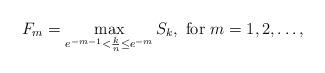
LaTeX: \begin{align*} F_m = \max_{e^{-m-1} < \frac{k}{n} \le e^{-m}} S_k, \mbox{ for } m = 1, 2, \dots, \end{align*}